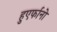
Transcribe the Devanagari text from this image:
हुएर्फानो